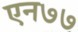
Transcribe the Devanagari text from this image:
एन७७